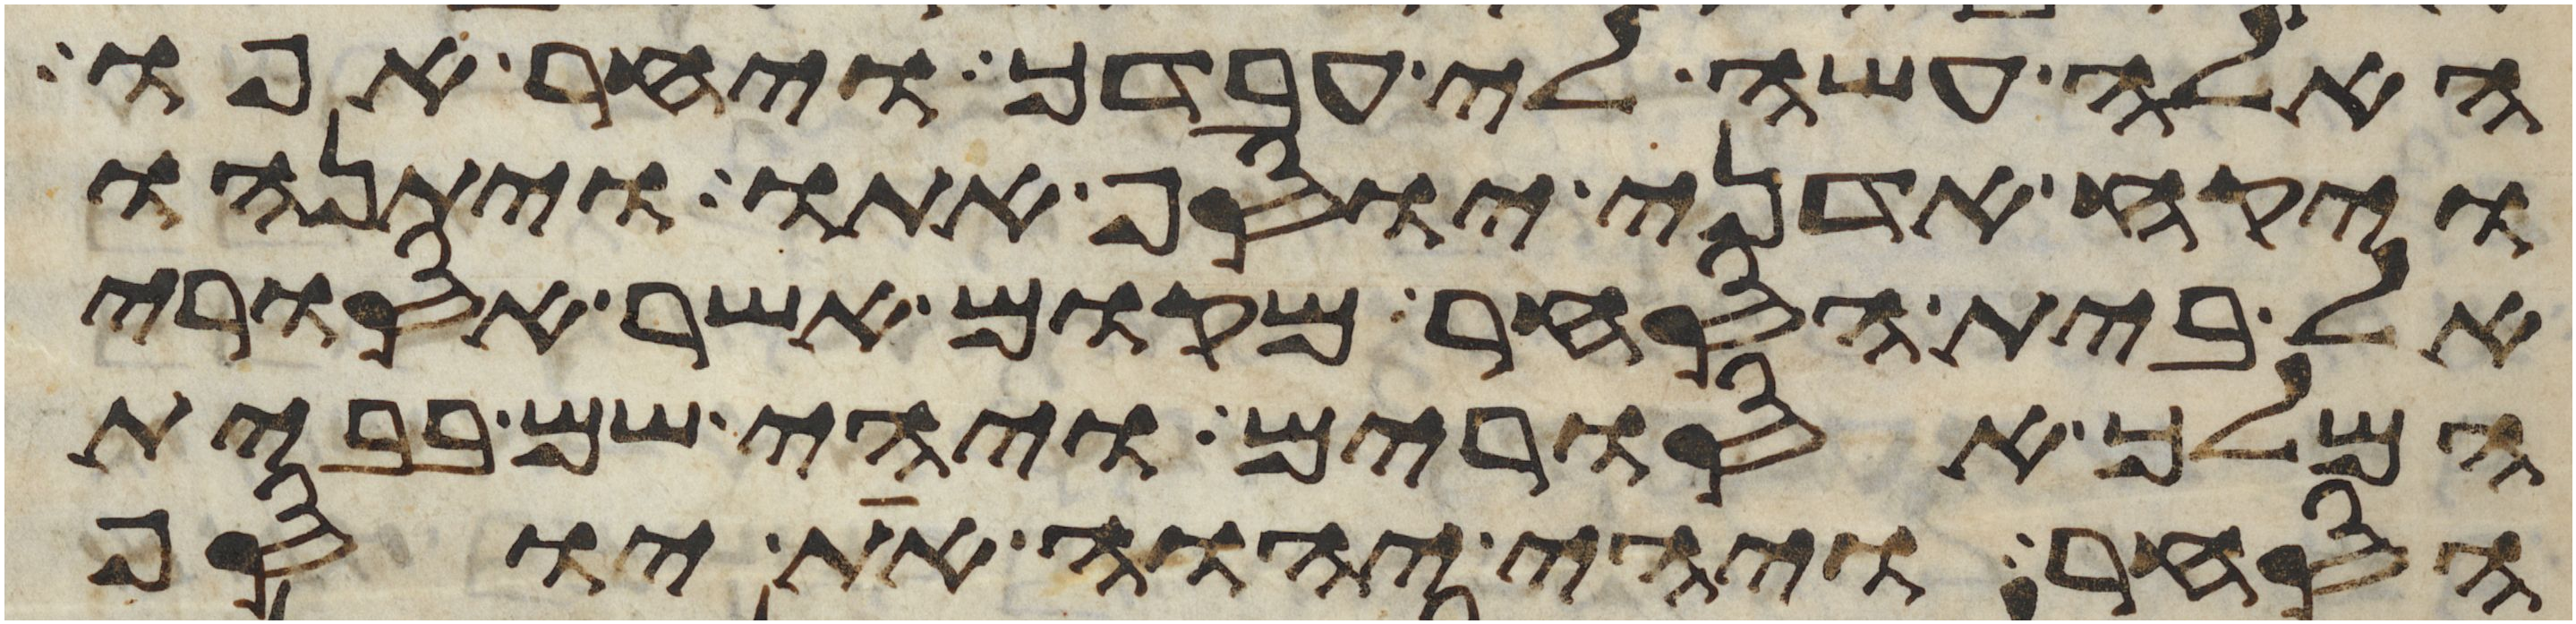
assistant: האלה עשה לי עבדך ויחר אפו
ויקח אדני יוסף אתו ויתנהו
אל בית הסחר מקום אשר אסורי
המלך אסורים ויהי שם בבית
הסחר ויהי יהוה את יוסף